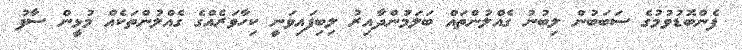
ފެންބޮޑުވުމުގެ ސަބަބުން ލިބުނު ގެއްލުންތައް ބަލަމަުންދާއިރު ލިބިފައިވަނީ ކިހާވަރެއްގެ ގެއްލުންތަކެއް މުޅީން ސާފު